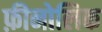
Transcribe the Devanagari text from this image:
फ़ीनोलिक